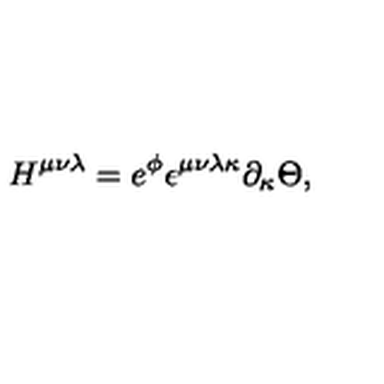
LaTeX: H ^ { \mu \nu \lambda } = e ^ { \phi } \epsilon ^ { \mu \nu \lambda \kappa } \partial _ { \kappa } \Theta ,